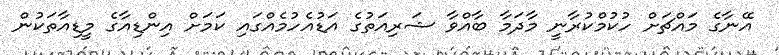
އޭނާގެ މައްޗަށް ހުކުމްކުރާނީ މާދަމާ ބާއްވާ ޝަރިއަތުގެ އަޑުއެހުމެއްގައި ކަމަށް އިންޑިއާގެ މީޑިއާތަކުން